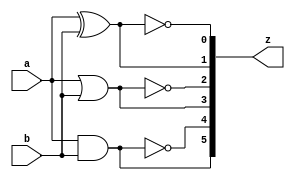
module gate2(
    a
   ,b
   ,z
);

input           a, b;
output  [5:0]   z;

assign  z[5] =   a & b ;
assign  z[4] = ~(a & b);
assign  z[3] =   a | b ;
assign  z[2] = ~(a | b);
assign  z[1] =   a ^ b ;
assign  z[0] = ~(a ^ b);

endmodule